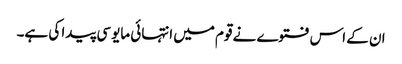
ان کے اس فتوے نے قوم میں انتہائی مایوسی پیدا کی ہے۔